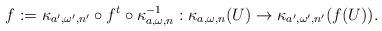
LaTeX: \begin{align*}f:=\kappa_{a',\omega',n'}\circ f^t\circ \kappa_{a,\omega,n}^{-1}:\kappa_{a,\omega,n}(U)\to \kappa_{a',\omega',n'}(f(U)).\end{align*}